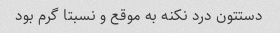
دستتون درد نکنه به موقع و نسبتا گرم بود